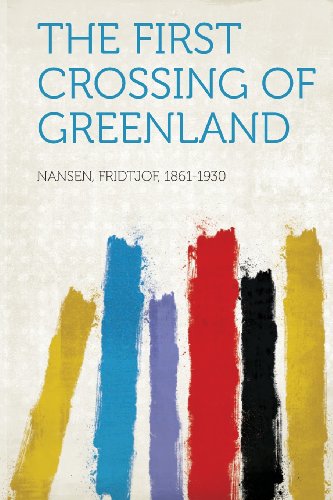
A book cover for The First Crossing of Greenland; Nansen Fridtjof 1861-1930; History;